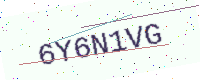
Text: 6Y6N1VG